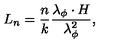
L _ { n } = \frac { n } { k } \frac { \lambda _ { \phi } \cdot H } { \lambda _ { \phi } ^ { 2 } } ,